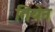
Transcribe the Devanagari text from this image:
तियेन